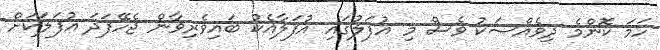
ހަމަ ކޮންމެ ދިވެއްސަކު ވެސް މި އުފަލުގައި އުފަލާއެކު ބައިވެރިވާން ޖެހޭފަދަ އުފަލަކަށް